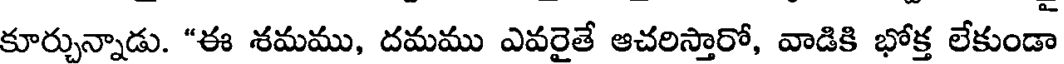
కూర్చున్నాడు. "ఈ శమము, దమము ఎవరైతే ఆచరిస్తారో, వాడికి భోక్త లేకుండా